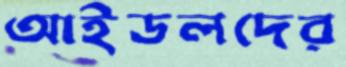
আইডলদের